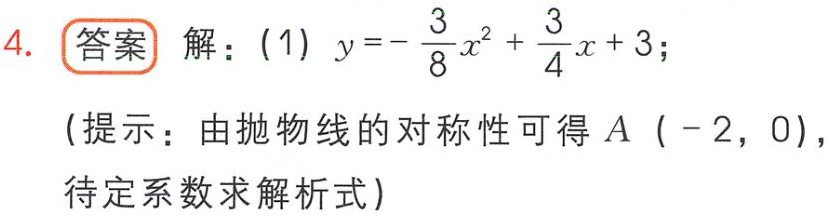
4. 答案 解：(1) \(y = -\frac{3}{8}x^{2}+\frac{3}{4}x + 3\)；

(提示：由抛物线的对称性可得\(A(-2,0)\)，待定系数求解析式)